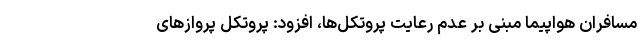
مسافران هواپیما مبنی بر عدم رعایت پروتکل‌ها، افزود: پروتکل پروازهای